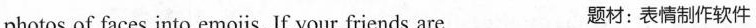
photos of faces into emojis. If your friends are 题材:表情制作软件